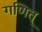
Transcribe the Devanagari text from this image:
गणित्